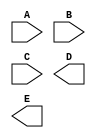
// Verilog model of circuit of Figure 3.35 in Digital Systems 5th ed.

module main(A, B, C, D, E);
  parameter WIDTH = 8;

  output D, E;
  input A, B, C;

  wire w1;

  integer i, j;
  integer data[7:0];

endmodule